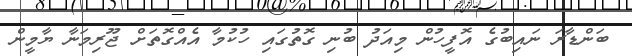
ބަންޑާރަ ނައިބުގެ އޮފީހުން މިއަދު ބުނި ގޮތުގައި ހުކުމާ އެއްގޮތަށް ޖޫރިމަނާ ޔާމީން